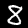
Label: 8